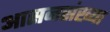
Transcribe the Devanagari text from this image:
आसनसंख्या